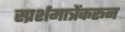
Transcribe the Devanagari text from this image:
स्प्रर्शमात्रेंकरून